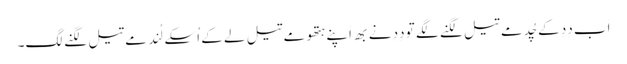
اَب دِدِ کے چُد مے تیل لگنے لگے تو دِدِ نے بھِ اَپنے ہتھو مے تیل لے کے اُسکے لُند مے تیل لگنے لگِ۔